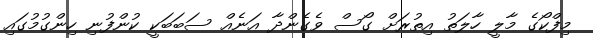
މިފްކޯގެ މާލީ ހާލަތު އިތުރަށް ގޯސް ވެގެންދާ އަނެއް ސަބަބަކީ ކުންފުނި ހިންގުމުގައި